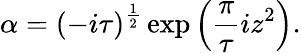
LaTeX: \alpha=(-i\tau)^{\frac{1}{2}}\exp\left({\frac{\pi}{\tau}}iz^{2}\right).